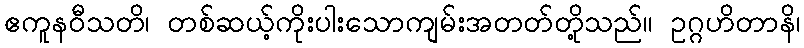
ဧကူနဝီသတိ၊ တစ်ဆယ့်ကိုးပါးသောကျမ်းအတတ်တို့သည်။ ဥဂ္ဂဟိတာနိ၊